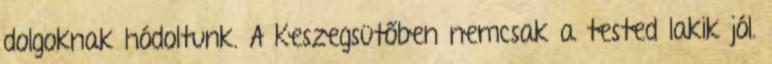
dolgoknak hódoltunk. A Keszegsütőben nemcsak a tested lakik jól.